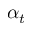
\alpha _ { t }